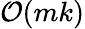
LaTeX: \mathcal{O}(mk)